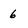
Character: 6